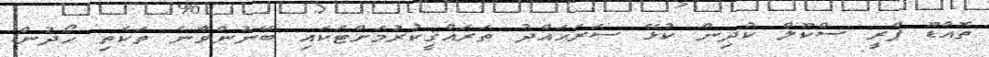
ތޮއްޑޫ ޕްރީ ސްކޫލް ކުދިން ކުޅޭ ސަރަޙައްދު ތަރައްޤީކުރުމަށްޓަކައި ބޭނުންވާނެ ތަކެތި ހޯދުން.